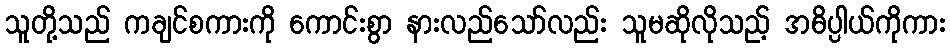
သူတို့သည် ကချင်စကားကို ကောင်းစွာ နားလည်သော်လည်း သူမဆိုလိုသည့် အဓိပ္ပါယ်ကိုကား